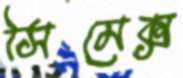
সিমেক্স